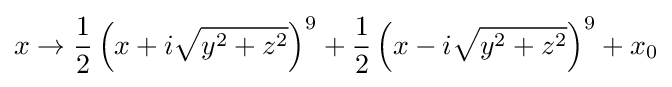
x\to {\frac {1}{2}}\left(x+i{\sqrt {y^{2}+z^{2}}}\right)^{9}+{\frac {1}{2}}\left(x-i{\sqrt {y^{2}+z^{2}}}\right)^{9}+x_{0}